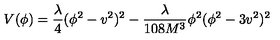
V ( \phi ) = \frac { \lambda } { 4 } ( \phi ^ { 2 } - v ^ { 2 } ) ^ { 2 } - \frac { \lambda } { 1 0 8 M ^ { 3 } } \phi ^ { 2 } ( \phi ^ { 2 } - 3 v ^ { 2 } ) ^ { 2 }